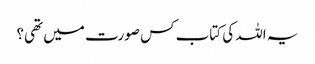
یہ اللہ کی کتاب کس صورت میں تھی؟